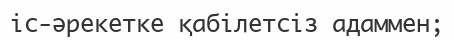
іс-әрекетке қабілетсіз адаммен;